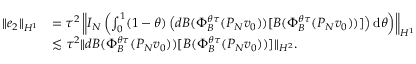
\begin{array} { r l } { \| e _ { 2 } \| _ { H ^ { 1 } } } & { = \tau ^ { 2 } \left\| I _ { N } \left( \int _ { 0 } ^ { 1 } ( 1 - \theta ) \left( d B ( \Phi _ { B } ^ { \theta \tau } ( P _ { N } v _ { 0 } ) ) [ B ( \Phi _ { B } ^ { \theta \tau } ( P _ { N } v _ { 0 } ) ) ] \right) \mathrm { d } \theta \right) \right\| _ { H ^ { 1 } } } \\ & { \lesssim \tau ^ { 2 } \| d B ( \Phi _ { B } ^ { \theta \tau } ( P _ { N } v _ { 0 } ) ) [ B ( \Phi _ { B } ^ { \theta \tau } ( P _ { N } v _ { 0 } ) ) ] \| _ { H ^ { 2 } } . } \end{array}